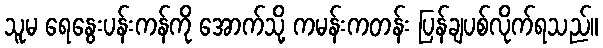
သူမ ရေနွေးပန်းကန်ကို အောက်သို့ ကမန်းကတန်း ပြန်ချပစ်လိုက်ရသည်။